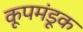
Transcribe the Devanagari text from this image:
कूपमंडूक